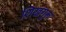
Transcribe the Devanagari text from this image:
शिखगुरू